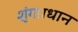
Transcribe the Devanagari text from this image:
शृंगप्रधान